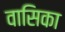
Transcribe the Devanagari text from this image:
वासिका